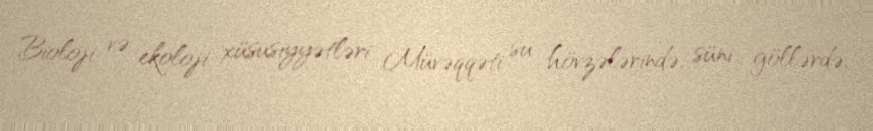
Bioloji və ekoloji xüsusiyyətləri Müvəqqəti su hövzələrində, süni göllərdə,